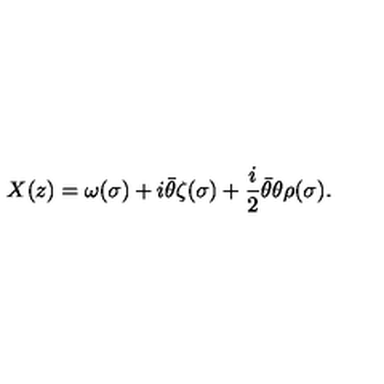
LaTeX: X ( z ) = \omega ( \sigma ) + i { \bar { \theta } } \zeta ( \sigma ) + \frac { i } { 2 } { \bar { \theta } } \theta \rho ( \sigma ) .